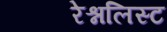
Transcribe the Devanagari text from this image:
रेश्नलिस्ट